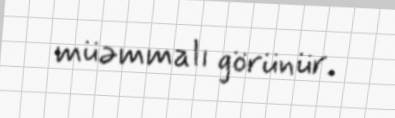
müəmmalı görünür.